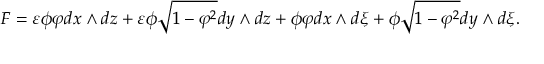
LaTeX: F = \varepsilon \phi \varphi d x \wedge d z + \varepsilon \phi \sqrt { 1 - \varphi ^ { 2 } } d y \wedge d z + \phi \varphi d x \wedge d \xi + \phi \sqrt { 1 - \varphi ^ { 2 } } d y \wedge d \xi .